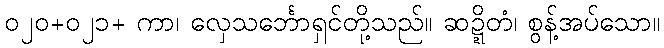
၀၂၀+၀၂၁+ ကာ၊ လှေသင်္ဘောရှင်တို့သည်။ ဆဍ္ဍိတံ၊ စွန့်အပ်သော။